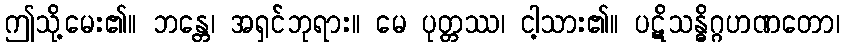
ဤသို့မေး၏။ ဘန္တေ၊ အရှင်ဘုရား။ မေ ပုတ္တဿ၊ ငါ့သား၏။ ပဋိသန္ဓိဂ္ဂဟဏတော၊